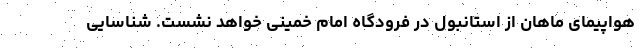
هواپیمای ماهان از استانبول در فرودگاه امام خمینی خواهد نشست. شناسایی